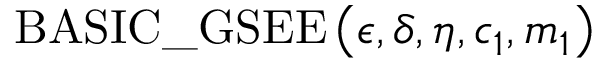
\mathrm { B A S I C \_ G S E E } \left( \epsilon , \delta , \eta , c _ { 1 } , m _ { 1 } \right)